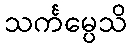
သင်္ကမ္ပေသိ